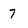
Character: 7